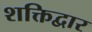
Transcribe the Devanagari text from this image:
शक्तिद्वार